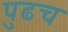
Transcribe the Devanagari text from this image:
पुढच